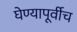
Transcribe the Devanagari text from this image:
घेण्यापूर्वीच